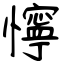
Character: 懧